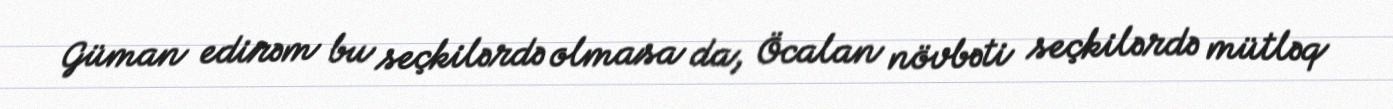
Güman edirəm bu seçkilərdə olmasa da, Öcalan növbəti seçkilərdə mütləq